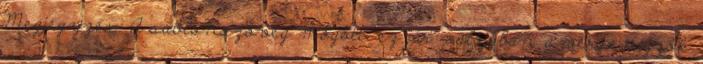
Megjegyzés: A sablonszöveg mögött: ez jár valójában a versenyzők